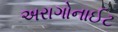
અરાગોનાઈટ